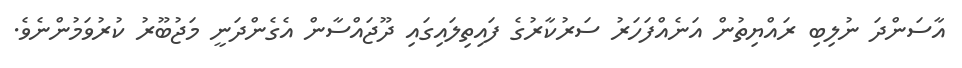
އާސަންދަ ނުލިބި ރައްޔިތުން އަނެއްފަހަރު ސަރުކާރުގެ ފައިތިލައިގައި ދޫޖައްސާން އެގެންދަނީ މަޖުބޫރު ކުރުވަމުންނެވެ.